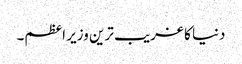
دنیا کا غریب ترین وزیر اعظم۔